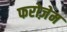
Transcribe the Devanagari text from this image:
फरोज़ेम